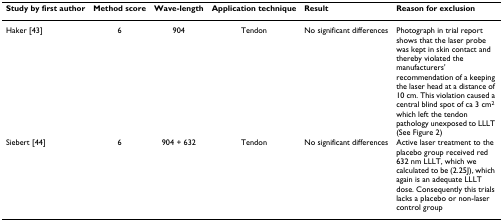
| Study by first author | Method score | Wave-length | Application technique | Result | Reason for exclusion |
 | --- | --- | --- | --- | --- | --- |
 | Haker [43] | 6 | 904 | Tendon | No significant differences | Photograph in trial report shows that the laser probe was kept in skin contact and thereby violated the manufacturers' recommendation of a keeping the laser head at a distance of 10 cm. This violation caused a central blind spot of ca 3 cm2 which left the tendon pathology unexposed to LLLT (See Figure 2) |
 | Siebert [44] | 6 | 904 + 632 | Tendon | No significant differences | Active laser treatment to the placebo group received red 632 nm LLLT, which we calculated to be (2.25J), which again is an adequate LLLT dose. Consequently this trials lacks a placebo or non-laser control group |